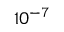
1 0 ^ { - 7 }